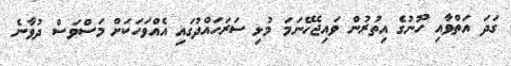
ގަދަ އަތްވާއި ހޫނުގެ އިތުރުން ވައިޖެހޭނަމަ މުޅި ސަރަހައްދުގައި އެއްވަހަކަށް މަސްވަސް ދުވާނެ